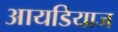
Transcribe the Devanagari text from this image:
आयडियाज